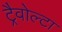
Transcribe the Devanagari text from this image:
ट्रैवोल्टा